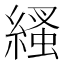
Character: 𦃐